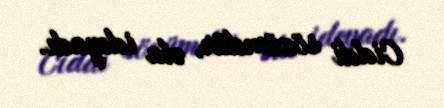
Ciddi sözümdür, əla ideyadı.